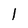
Character: l